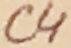
Text: C4